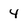
Character: 4